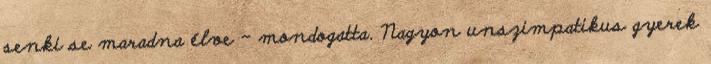
senki se maradna élve – mondogatta. Nagyon unszimpatikus gyerek